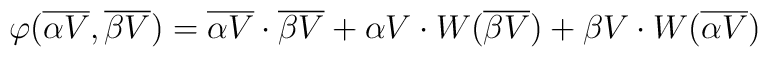
\varphi({\overline {\alpha V}},{\overline {\beta V}})={\overline {\alpha V}}\cdot {\overline {\beta V}}+{\alpha V}\cdot W({\overline {\beta V}}) + {\beta V} \cdot W({\overline {\alpha V}})